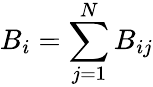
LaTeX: B_{i}=\sum_{j=1}^{N}B_{ij}